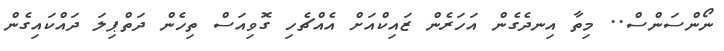
ނޯންސަންސް.. މިތާ އިނދެގެން އަހަރެން ޒައިކްއަށް އެއްޗެހި ގޮވިއަސް ތިހެން ދަތްޕިލަ ދައްކައިގެން